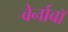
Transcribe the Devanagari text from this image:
बेर्नाबॉ